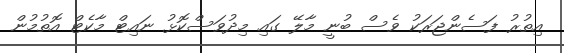
އިތުރު ފަސެންޖަރަކު ވެސް ބުނީ މާލޭ ގައި މިދުވަސްކޮޅު ނައިޓް މާކެޓް އޮތުމުން